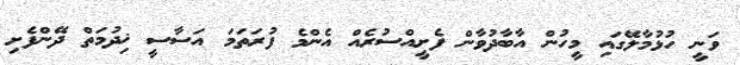
ވަނީ ހުޅުމާލޭގައި މީހުން އާބާދުވާން ފެށީއްސުރެއް އެންމެ ފުރަތަމަ އަސާސީ ޚިދުމަތް ދޭންފެށި